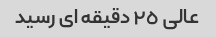
عالی ٢٥ دقیقه ای رسید